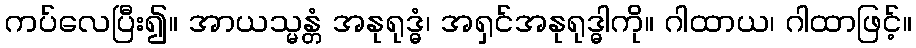
ကပ်လေပြီး၍။ အာယသ္မန္တံ အနုရုဒ္ဓံ၊ အရှင်အနုရုဒ္ဓါကို။ ဂါထာယ၊ ဂါထာဖြင့်။